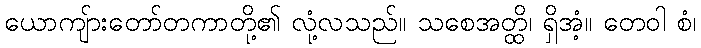
ယောကျ်ားတော်တကာတို့၏ လုံ့လသည်။ သစေအတ္ထိ၊ ရှိအံ့။ တေဝါ စံ၊